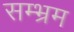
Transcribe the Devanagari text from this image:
सम्भ्रम